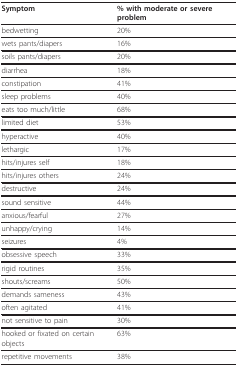
| Symptom | % with moderate or severe problem |
 | --- | --- |
 | bedwetting | 20% |
 | wets pants/diapers | 16% |
 | soils pants/diapers | 20% |
 | diarrhea | 18% |
 | constipation | 41% |
 | sleep problems | 40% |
 | eats too much/little | 68% |
 | limited diet | 53% |
 | hyperactive | 40% |
 | lethargic | 17% |
 | hits/injures self | 18% |
 | hits/injures others | 24% |
 | destructive | 24% |
 | sound sensitive | 44% |
 | anxious/fearful | 27% |
 | unhappy/crying | 14% |
 | seizures | 4% |
 | obsessive speech | 33% |
 | rigid routines | 35% |
 | shouts/screams | 50% |
 | demands sameness | 43% |
 | often agitated | 41% |
 | not sensitive to pain | 30% |
 | hooked or fixated on certain objects | 63% |
 | repetitive movements | 38% |